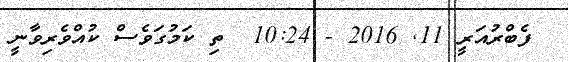
ފެބްރުއަރީ 11